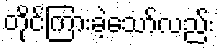
တိုင်ကြားခဲ့သော်လည်း